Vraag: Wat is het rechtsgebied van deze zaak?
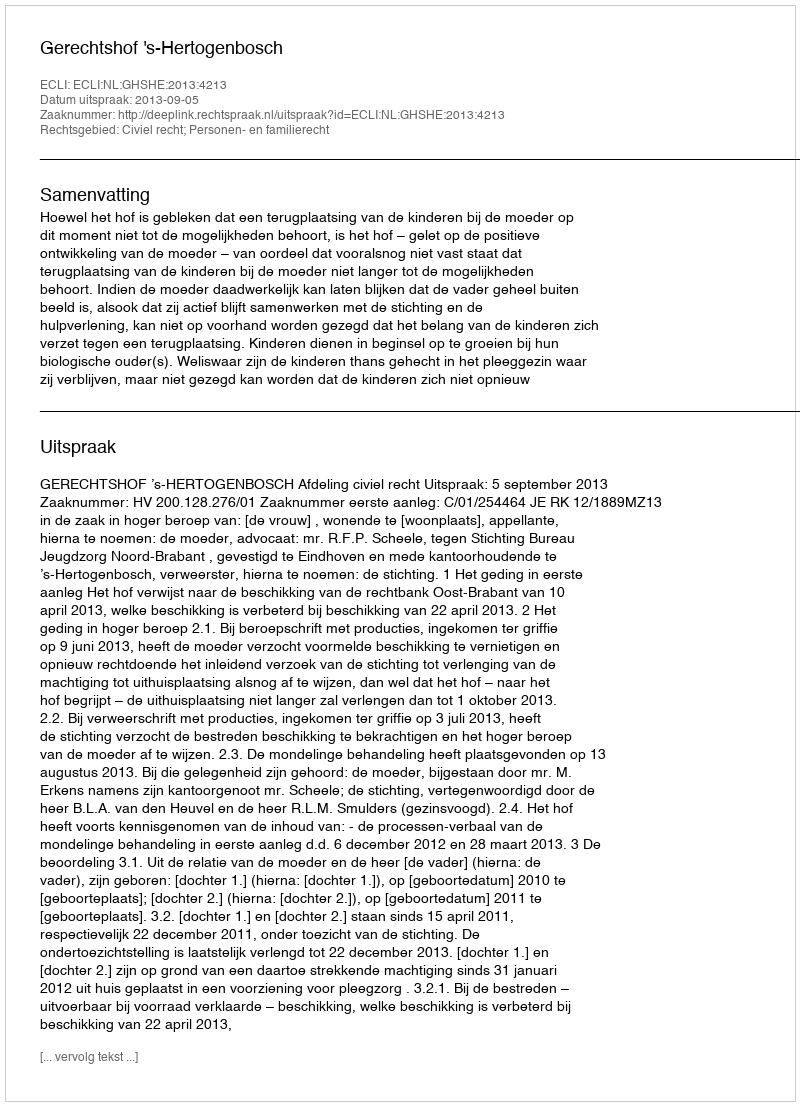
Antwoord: Civiel recht; Personen- en familierecht